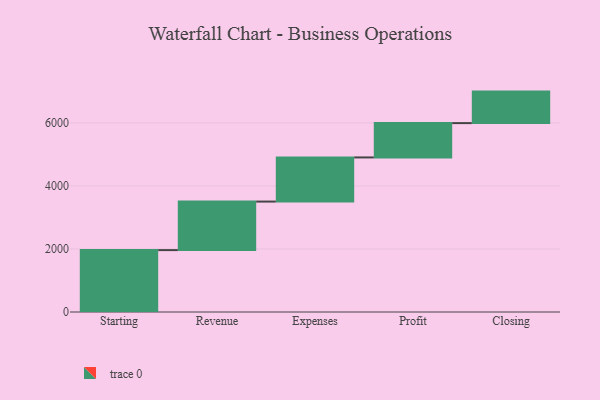
{"axis": {"x": "Step", "y": "Value"}, "legend": [""], "data": [{"x": "Starting", "y": 1964.0, "type": ""}, {"x": "Revenue", "y": 1540.0, "type": ""}, {"x": "Expenses", "y": 1401.0, "type": ""}, {"x": "Profit", "y": 1089.0, "type": ""}, {"x": "Closing", "y": 1000, "type": ""}]}